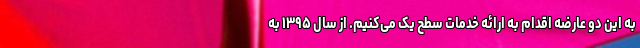
به این دو عارضه اقدام به ارائه خدمات سطح یک می‌کنیم. از سال ۱۳۹۵ به